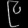
Digit: ၉